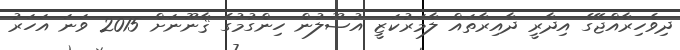
ދިވެހިރާއްޖޭގެ އިދާރީ ދާއިރާތައް ލާމަރުކަޒީ އުޞޫލުން ހިންގުމުގެ ޤާނޫނަށް 2015 ވަނަ އަހަރު